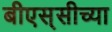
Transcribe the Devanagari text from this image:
बीएस्‌सीच्या